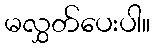
မလွှတ်ပေးပါ။